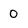
Character: 0